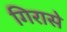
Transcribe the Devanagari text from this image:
गिरासे